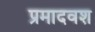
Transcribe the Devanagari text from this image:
प्रमादवश